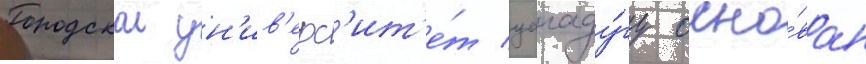
Городскои ун'ив'ерс'ит'е́т уагаду́гу осно́ван